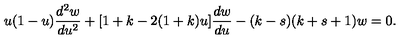
u ( 1 - u ) \frac { d ^ { 2 } w } { d u ^ { 2 } } + [ 1 + k - 2 ( 1 + k ) u ] \frac { d w } { d u } - ( k - s ) ( k + s + 1 ) w = 0 .